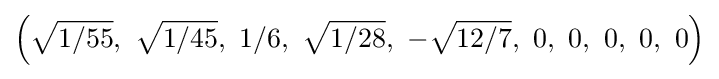
\left({\sqrt {1/55}},\ {\sqrt {1/45}},\ 1/6,\ {\sqrt {1/28}},\ -{\sqrt {12/7}},\ 0,\ 0,\ 0,\ 0,\ 0\right)